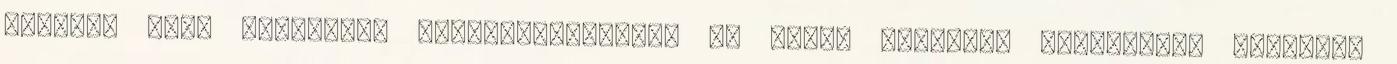
február 9-én ülésezett Marosvásárhelyen az RMDSZ Területi Képviselők Tanácsa.